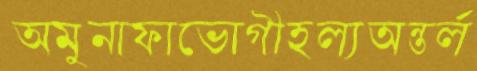
অমুনাফাভোগীহল্যঅন্তর্ল